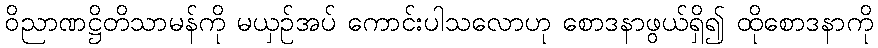
ဝိညာဏဋ္ဌိတိသာမန်ကို မယှဉ်အပ် ကောင်းပါသလောဟု စောဒနာဖွယ်ရှိ၍ ထိုစောဒနာကို